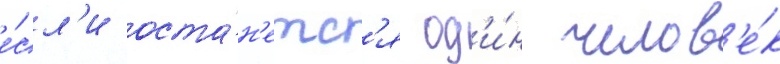
е́сл'и оста́н'етс'я од'и́н челов'е́к